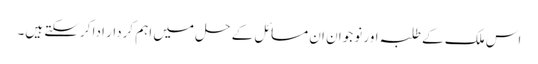
اس ملک کے طلبہ اور نوجوان ان مسائل کے حل میں اہم کردار ادا کرسکتے ہیں۔